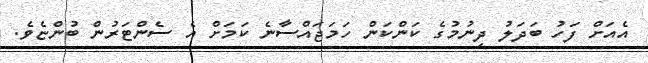
އެއަށް ފަހު ބަދަލު ދިނުމުގެ ކަންކަން ހަމަޖައްސާނެ ކަމަށް އެ ސެންޓަރުން ބުންޏެވެ.